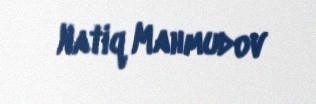
Natiq Mahmudov